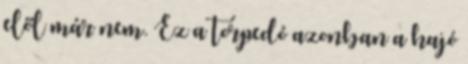
elől már nem. Ez a torpedó azonban a hajó